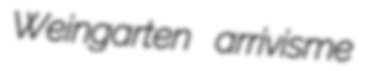
Weingarten arrivisme